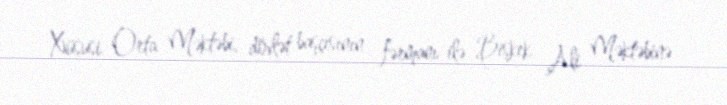
Xüsusi Orta Məktəbi, dövlət başçısının fərmanı ilə Bişkek Ali Məktəbinə